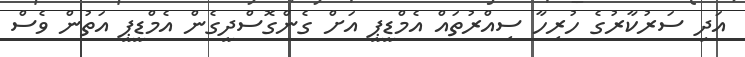
އަދި ސަރުކާރުގެ ހުރިހާ ސިއްރުތައް އެމްޑީޕީ އަށް ގެންގޮސްދީގެން އެމްޑީޕީ އަތުން ވެސް